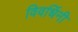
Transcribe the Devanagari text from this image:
विवर्धिनी